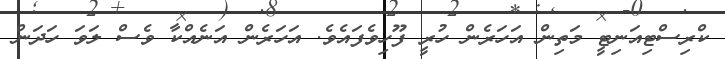
ކްރިސްޓިއަނިޓީ މަތިން އަހަރެން ހުރީ ފޫހިވެފައެވެ. އަހަރެން އަނެއްކާ ވެސް ލަވަ ހަދަން